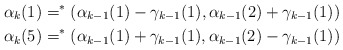
\begin{align*}\alpha_k(1) = ^*(\alpha_{k-1}(1)-\gamma_{k-1}(1),\alpha_{k-1}(2)+\gamma_{k-1}(1)) \\\alpha_k(5) = ^*(\alpha_{k-1}(1)+\gamma_{k-1}(1),\alpha_{k-1}(2)-\gamma_{k-1}(1)) \end{align*}